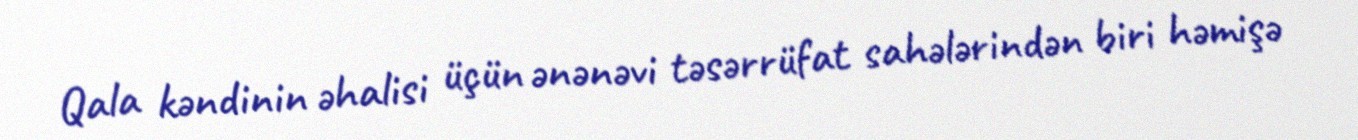
Qala kəndinin əhalisi üçün ənənəvi təsərrüfat sahələrindən biri həmişə